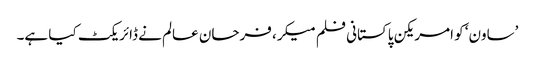
’ساون‘ کو امریکن پاکستانی فلم میکر، فرحان عالم نے ڈائریکٹ کیا ہے۔